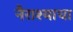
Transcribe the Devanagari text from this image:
नैराश्याचा